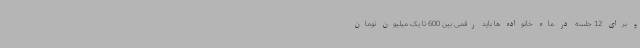
و برای 12 جلسه در ماه خانواده ها باید رقمی بین 600 تا یک میلیون تومان